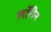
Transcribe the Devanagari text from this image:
लॉरीन